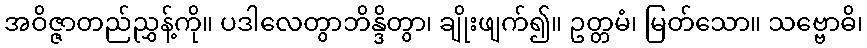
အဝိဇ္ဇာတည်ညွှန့်ကို။ ပဒါလေတွာဘိန္ဒိတွာ၊ ချိုးဖျက်၍။ ဥတ္တမံ၊ မြတ်သော။ သဗ္ဗောဓိ၊